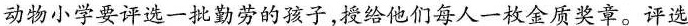
动物小学要评选一批勤劳的孩子，授给他们每人一枚金质奖章。评选